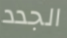
الجدد